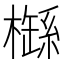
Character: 𣛐